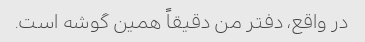
در واقع، دفتر من دقیقاً همین گوشه است.